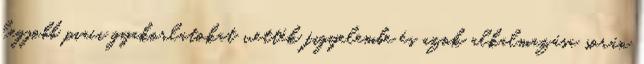
legjobb piaci gyakorlatokat vették figyelembe és azok alkalmazása során